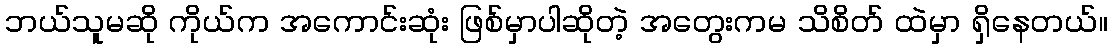
ဘယ်သူမဆို ကိုယ်က အကောင်းဆုံး ဖြစ်မှာပါဆိုတဲ့ အတွေးကမ သိစိတ် ထဲမှာ ရှိနေတယ်။